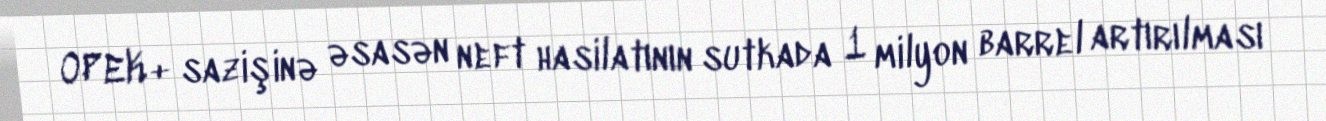
OPEK+ sazişinə əsasən neft hasilatının sutkada 1 milyon barrel artırılması